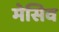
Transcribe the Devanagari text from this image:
मेसिव